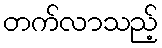
တက်လာသည့်